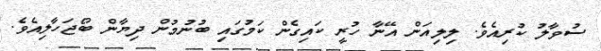
ސުވާލު ކުރިއެވެ. ލިލިއަން އޭނާ ހުރީ ކައިގެން ކަމުގައި ބުނުމުން ދިޔާން ބޯޖަހާލިއެވެ.